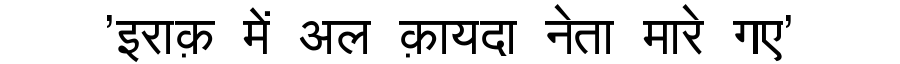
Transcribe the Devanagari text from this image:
'इराक़ में अल क़ायदा नेता मारे गए'